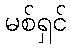
မစ်ရှင်